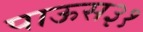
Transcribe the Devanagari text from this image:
पाऊस३१